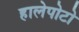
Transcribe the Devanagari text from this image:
हालेपोटो